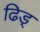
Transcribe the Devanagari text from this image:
ढिड्